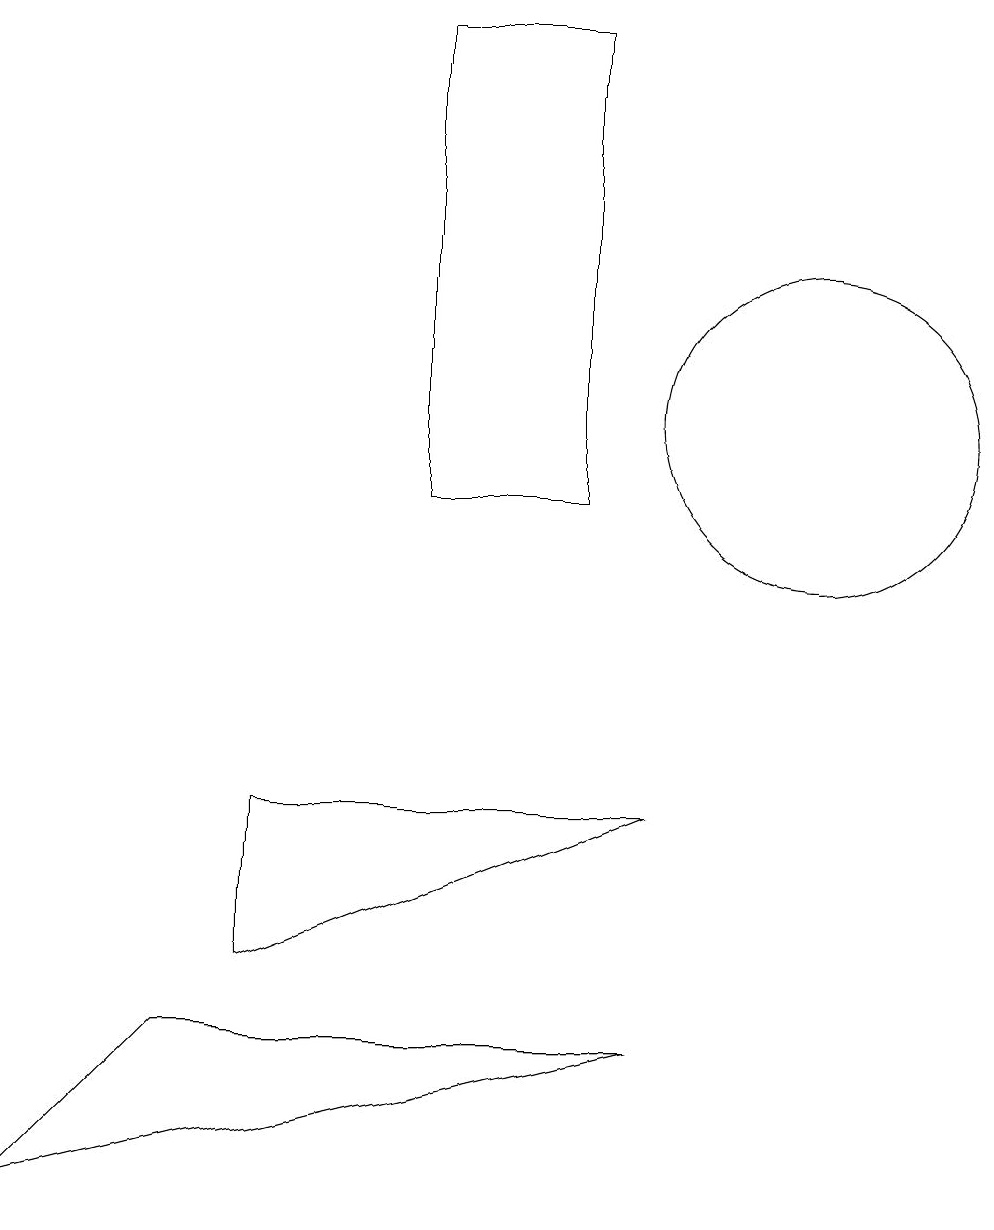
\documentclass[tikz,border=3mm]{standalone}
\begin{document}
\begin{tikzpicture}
\draw (7,10) rectangle (5,16);
\draw (2,3) -- (0,1) -- (8,3) -- cycle;
\draw (3,4) -- (3,6) -- (8,6) -- cycle;
\draw (10,11) circle (2);
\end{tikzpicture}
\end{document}